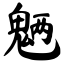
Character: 魉